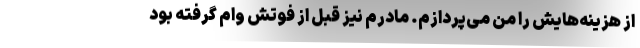
از هزینه‌هایش را من می‌پردازم. مادرم نیز قبل از فوتش وام گرفته بود